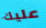
عليك